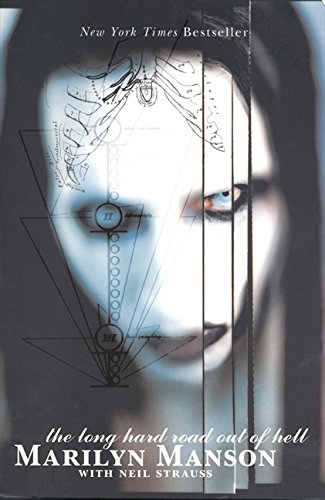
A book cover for The Long Hard Road Out of Hell; Marilyn Manson; Humor & Entertainment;